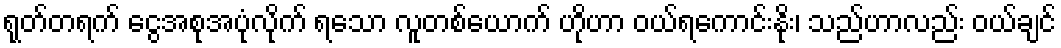
ရုတ်တရက် ငွေအစုအပုံလိုက် ရသော လူတစ်ယောက် ဟိုဟာ ဝယ်ရကောင်းနိုး၊ သည်ဟာလည်း ဝယ်ချင်